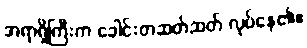
အရာရှိကြီးက ခေါင်းတဆတ်ဆတ် လုပ်နေ၏။